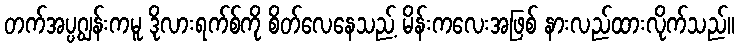
တက်အပ္ပဂျွန်းကမူ ဒိုလားရက်စ်ကို စိတ်လေနေသည့် မိန်းကလေးအဖြစ် နားလည်ထားလိုက်သည်။